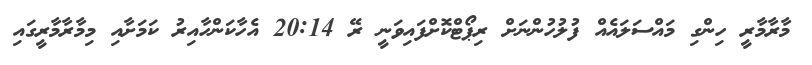
މާރާމާރީ ހިންގި މައްސަލައެއް ފުލުހުންނަށް ރިޕޯޓްކޮށްފައިވަނީ ރޭ 20:14 އެހާކަންހާއިރު ކަމަށާއި މިމާރާމާރީގައި